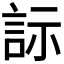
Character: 𬢡